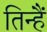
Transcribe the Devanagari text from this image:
तिन्‍हैं